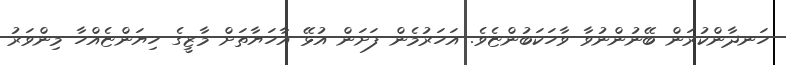
ހަނދާންކުރަން ބޭނުންނުވާ ވާހަކަބުންޏެވެ. އަހަރުމެން ފަށަން އުޅޭ އާހަޔާތަށް މާޒީގެ ހިޔަންޏެއްހާ މިންވަރު